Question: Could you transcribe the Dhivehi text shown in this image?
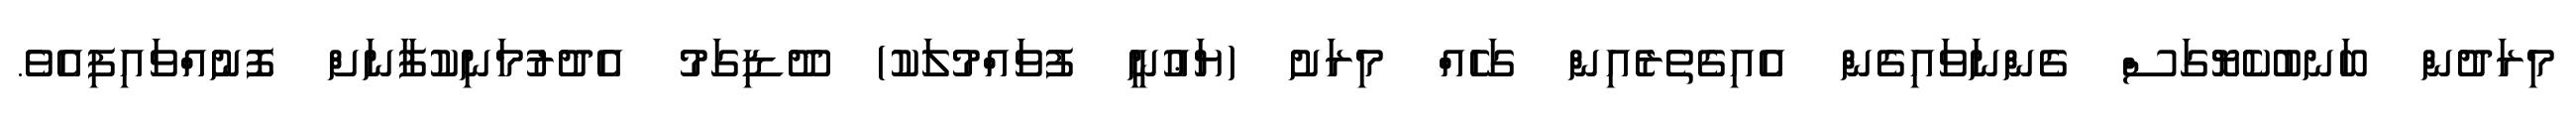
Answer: މިރަދުން ބަނބުކެޔޮގަސް ގެންނަވައިގެން އެއިގެތެރެއިން ގަހެއް މިރަށު (ޔަޢުނީ ފުވައްމުލަކު) ދޫޑިގަމު އެދުރުމަނިކުފާނަށް ފޮނުއްވައިފިއެވެ.